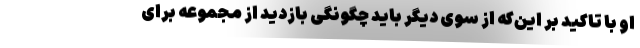
او با تاکید بر این‌که از سوی دیگر باید چگونگی بازدید از مجموعه برای